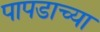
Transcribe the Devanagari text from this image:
पापडाच्या